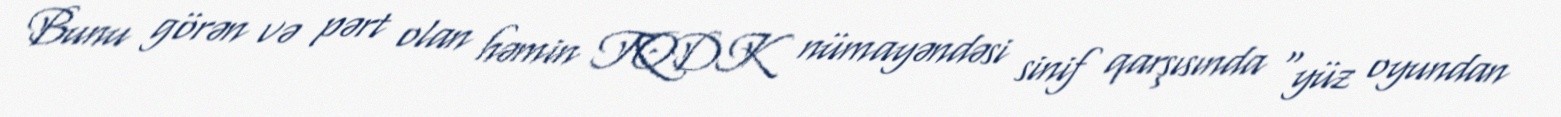
Bunu görən və pərt olan həmin TQDK nümayəndəsi sinif qarşısında "yüz oyundan